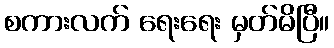
စကားလက် ရေးရေး မှတ်မိပြီ။